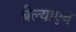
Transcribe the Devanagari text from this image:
बेल्याएव